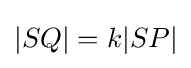
|SQ|=k|SP|